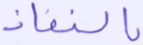
بالنفاذ